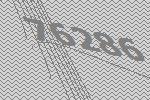
76286